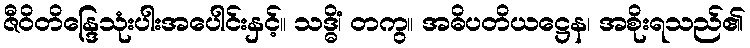
ဇီဝိတိန္ဒြေသုံးပါးအပေါင်းနှင့်။ သဒ္ဓိံ၊ တကွ။ အဓိပတိယဋ္ဌေန၊ အစိုးရသည်၏